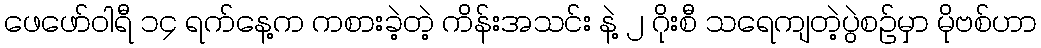
ဖေဖော်ဝါရီ ၁၄ ရက်နေ့က ကစားခဲ့တဲ့ ကိန်းအသင်း နဲ့ ၂ ဂိုးစီ သရေကျတဲ့ပွဲစဉ်မှာ မိုဗစ်ဟာ